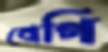
বেগি